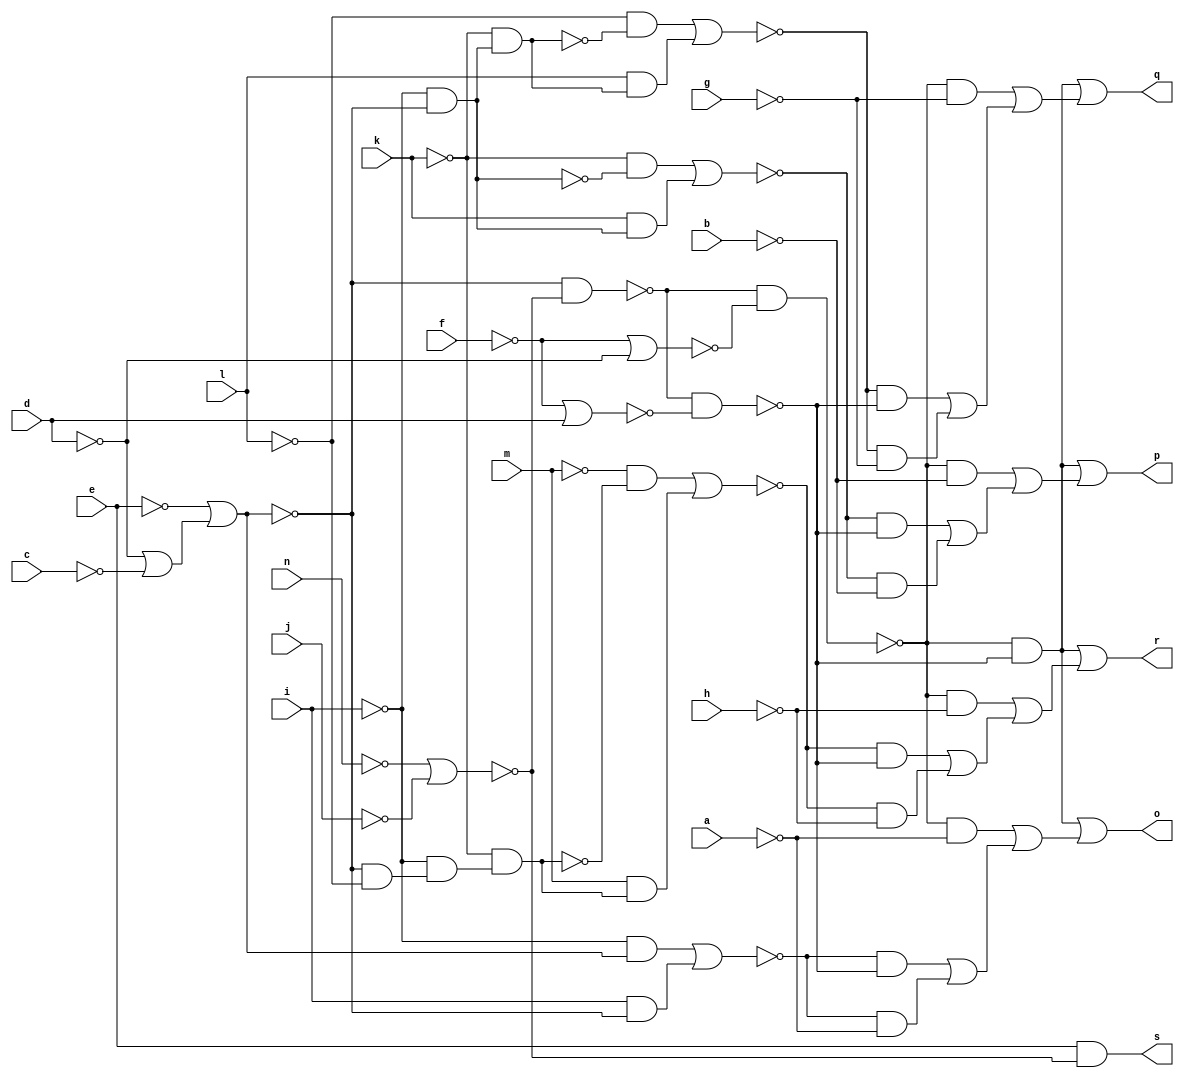
// IWLS benchmark module "CM162" printed on Wed May 29 16:31:28 2002
module CM162(a, b, c, d, e, f, g, h, i, j, k, l, m, n, o, p, q, r, s);
input
  a,
  b,
  c,
  d,
  e,
  f,
  g,
  h,
  i,
  j,
  k,
  l,
  m,
  n;
output
  o,
  p,
  q,
  r,
  s;
wire
  o0,
  d0,
  p0,
  e0,
  q0,
  f0,
  r0,
  g0,
  s0,
  \[0] ,
  \[1] ,
  j0,
  \[2] ,
  k0,
  \[3] ,
  l0,
  \[4] ,
  m0,
  n0;
assign
  o0 = ~l0 & ~n0,
  d0 = ~o0 & ~j0,
  p0 = (~l & ~r0) | (l & r0),
  e0 = (~i & l0) | (i & ~l0),
  q0 = (~m & ~s0) | (m & s0),
  f0 = ~o0 & ~k0,
  r0 = ~k & (~i & ~l0),
  g0 = (~k & ~m0) | (k & m0),
  s0 = ~k & (~i & (~l0 & ~l)),
  \[0]  = (~f0 & ~d0) | ((~f0 & ~a) | ((~e0 & ~d0) | (~e0 & ~a))),
  \[1]  = (~f0 & ~d0) | ((~f0 & ~b) | ((~g0 & ~d0) | (~g0 & ~b))),
  o = \[0] ,
  p = \[1] ,
  q = \[2] ,
  r = \[3] ,
  s = \[4] ,
  j0 = ~f | d,
  \[2]  = (~f0 & ~d0) | ((~f0 & ~g) | ((~p0 & ~d0) | (~p0 & ~g))),
  k0 = ~f | ~d,
  \[3]  = (~f0 & ~d0) | ((~f0 & ~h) | ((~q0 & ~d0) | (~q0 & ~h))),
  l0 = ~e | (~d | ~c),
  \[4]  = e & ~n0,
  m0 = ~l0 & ~i,
  n0 = ~n | ~j;
endmodule